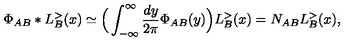
\Phi _ { A B } * L _ { B } ^ { > } ( x ) \simeq \Big ( \int _ { - \infty } ^ { \infty } \frac { d y } { 2 \pi } \Phi _ { A B } ( y ) \Big ) L _ { B } ^ { > } ( x ) = N _ { A B } L _ { B } ^ { > } ( x ) ,